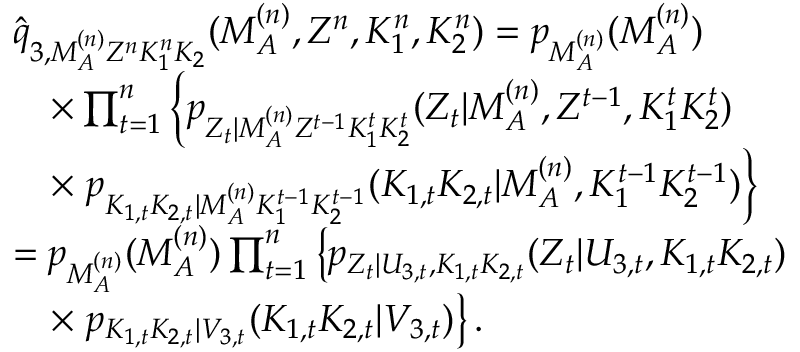
\begin{array} { r l } & { \hat { q } _ { 3 , M _ { \cal A } ^ { ( n ) } Z ^ { n } K _ { 1 } ^ { n } K _ { 2 } } ( M _ { \cal A } ^ { ( n ) } , Z ^ { n } , K _ { 1 } ^ { n } , K _ { 2 } ^ { n } ) = p _ { M _ { \cal A } ^ { ( n ) } } ( M _ { \cal A } ^ { ( n ) } ) } \\ & { \quad \times \prod _ { t = 1 } ^ { n } \left\{ p _ { Z _ { t } | M _ { \cal A } ^ { ( n ) } Z ^ { t - 1 } K _ { 1 } ^ { t } K _ { 2 } ^ { t } } ( Z _ { t } | M _ { \cal A } ^ { ( n ) } , Z ^ { t - 1 } , K _ { 1 } ^ { t } K _ { 2 } ^ { t } ) \right. } \\ & { \quad \times \left. p _ { K _ { 1 , t } K _ { 2 , t } | M _ { \cal A } ^ { ( n ) } K _ { 1 } ^ { t - 1 } K _ { 2 } ^ { t - 1 } } ( K _ { 1 , t } K _ { 2 , t } | M _ { \cal A } ^ { ( n ) } , K _ { 1 } ^ { t - 1 } K _ { 2 } ^ { t - 1 } ) \right\} } \\ & { = p _ { M _ { \cal A } ^ { ( n ) } } ( M _ { \cal A } ^ { ( n ) } ) \prod _ { t = 1 } ^ { n } \left\{ p _ { Z _ { t } | U _ { 3 , t } , K _ { 1 , t } K _ { 2 , t } } ( Z _ { t } | U _ { 3 , t } , K _ { 1 , t } K _ { 2 , t } ) \right. } \\ & { \quad \times \left. p _ { K _ { 1 , t } K _ { 2 , t } | V _ { 3 , t } } ( K _ { 1 , t } K _ { 2 , t } | V _ { 3 , t } ) \right\} . } \end{array}